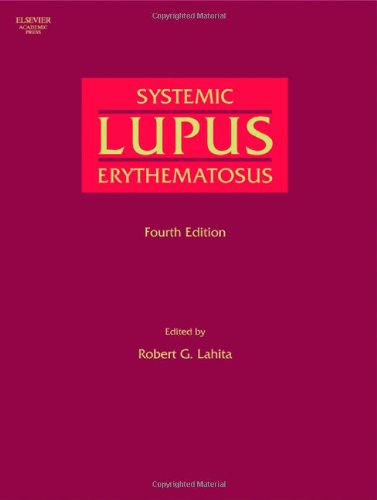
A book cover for Systemic Lupus Erythematosus, Fourth Edition; Health, Fitness & Dieting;